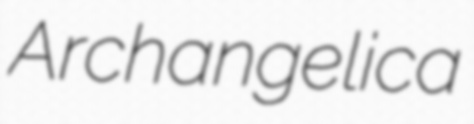
Archangelica